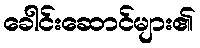
ခေါင်းဆောင်များ၏